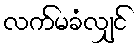
လက်မခံလျှင်